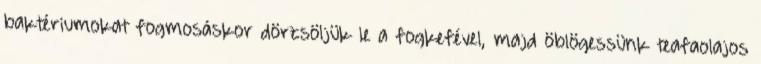
baktériumokat fogmosáskor dörzsöljük le a fogkefével, majd öblögessünk teafaolajos